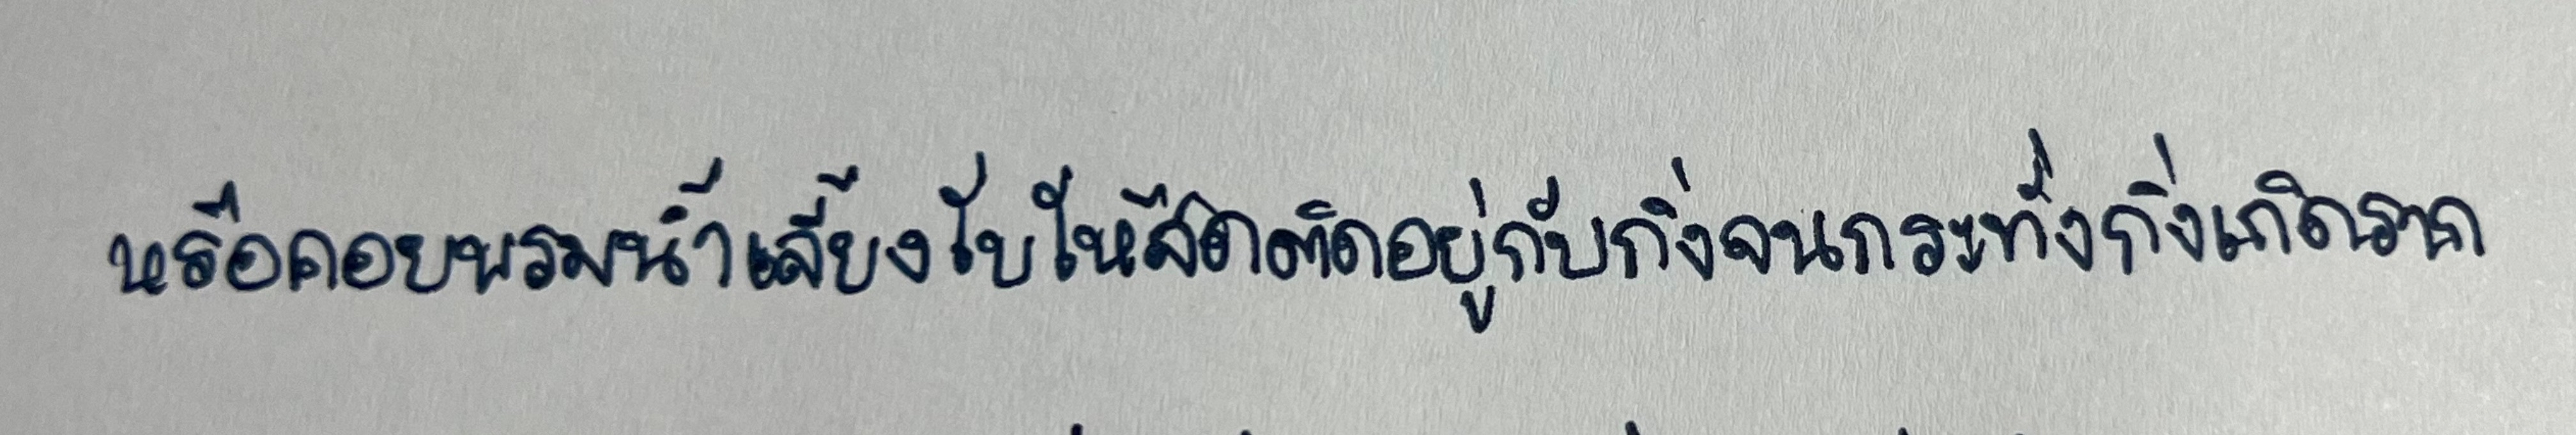
หรือคอยพรมน้ำเลี้ยงใบให้สดติดอยู่กับกิ่งจนกระทั่งกิ่งเกิดราก